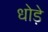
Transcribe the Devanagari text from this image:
धोड़े